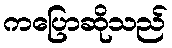
ကပြောဆိုသည်